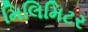
મિલિમિટર